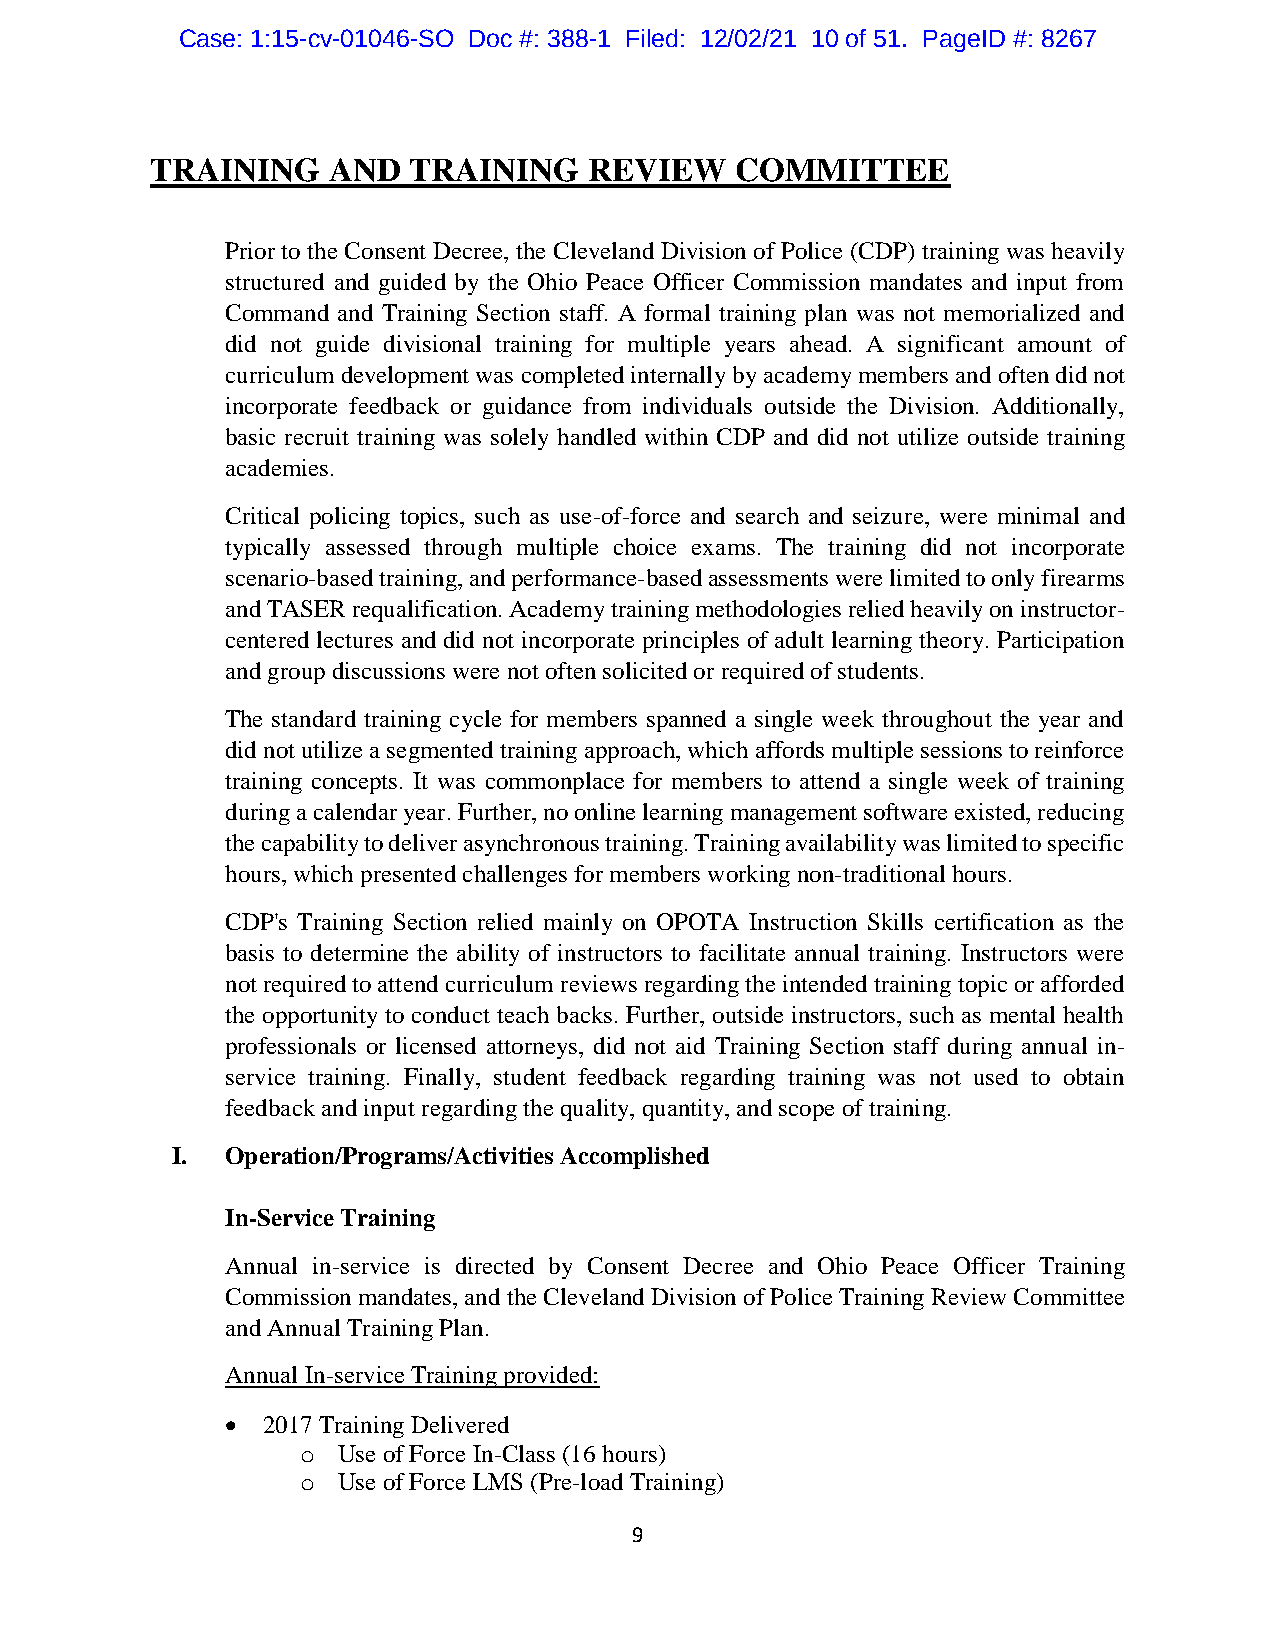
Case: 1:15-cv-01046-SO Doc #: 388-1 Filed: 12/02/21 10 of 51. PageID #: 8267
 TRAINING    AND  TRAINING    REVIEW    COMMITTEE
 Prior to the Consent Decree, the Cleveland Division of Police (CDP) training was heavily
 structured and guided by the Ohio Peace Officer Commission mandates and input from
 Command and Training Section staff. A formal training plan was not memorialized and
 did not guide divisional training for multiple years ahead. A significant amount of
 curriculum development was completed internally by academy members and often did not
 incorporate feedback or guidance from individuals outside the Division. Additionally,
 basic recruit training was solely handled within CDP and did not utilize outside training
 academies.
 Critical policing topics, such as use-of-force and search and seizure, were minimal and
 typically assessed through multiple choice exams. The training did not incorporate
 scenario-based training, and performance-based assessments were limited to only firearms
 and TASER requalification. Academy training methodologies relied heavily on instructor-
 centered lectures and did not incorporate principles of adult learning theory. Participation
 and group discussions were not often solicited or required of students.
 The standard training cycle for members spanned a single week throughout the year and
 did not utilize a segmented training approach, which affords multiple sessions to reinforce
 training concepts. It was commonplace for members to attend a single week of training
 during a calendar year. Further, no online learning management software existed, reducing
 the capability to deliver asynchronous training. Training availability was limited to specific
 hours, which presented challenges for members working non-traditional hours.
 CDP's Training Section relied mainly on OPOTA Instruction Skills certification as the
 basis to determine the ability of instructors to facilitate annual training. Instructors were
 not required to attend curriculum reviews regarding the intended training topic or afforded
 the opportunity to conduct teach backs. Further, outside instructors, such as mental health
 professionals or licensed attorneys, did not aid Training Section staff during annual in-
 service training. Finally, student feedback regarding training was not used to obtain
 feedback and input regarding the quality, quantity, and scope of training.
 I.  Operation/Programs/Activities Accomplished
 In-Service Training
 Annual in-service is directed by Consent Decree and Ohio Peace Officer Training
 Commission mandates, and the Cleveland Division of Police Training Review Committee
 and Annual Training Plan.
 Annual In-service Training provided:
  2017 Training Delivered
 o Use of Force In-Class (16 hours)
 o Use of Force LMS (Pre-load Training)
 9